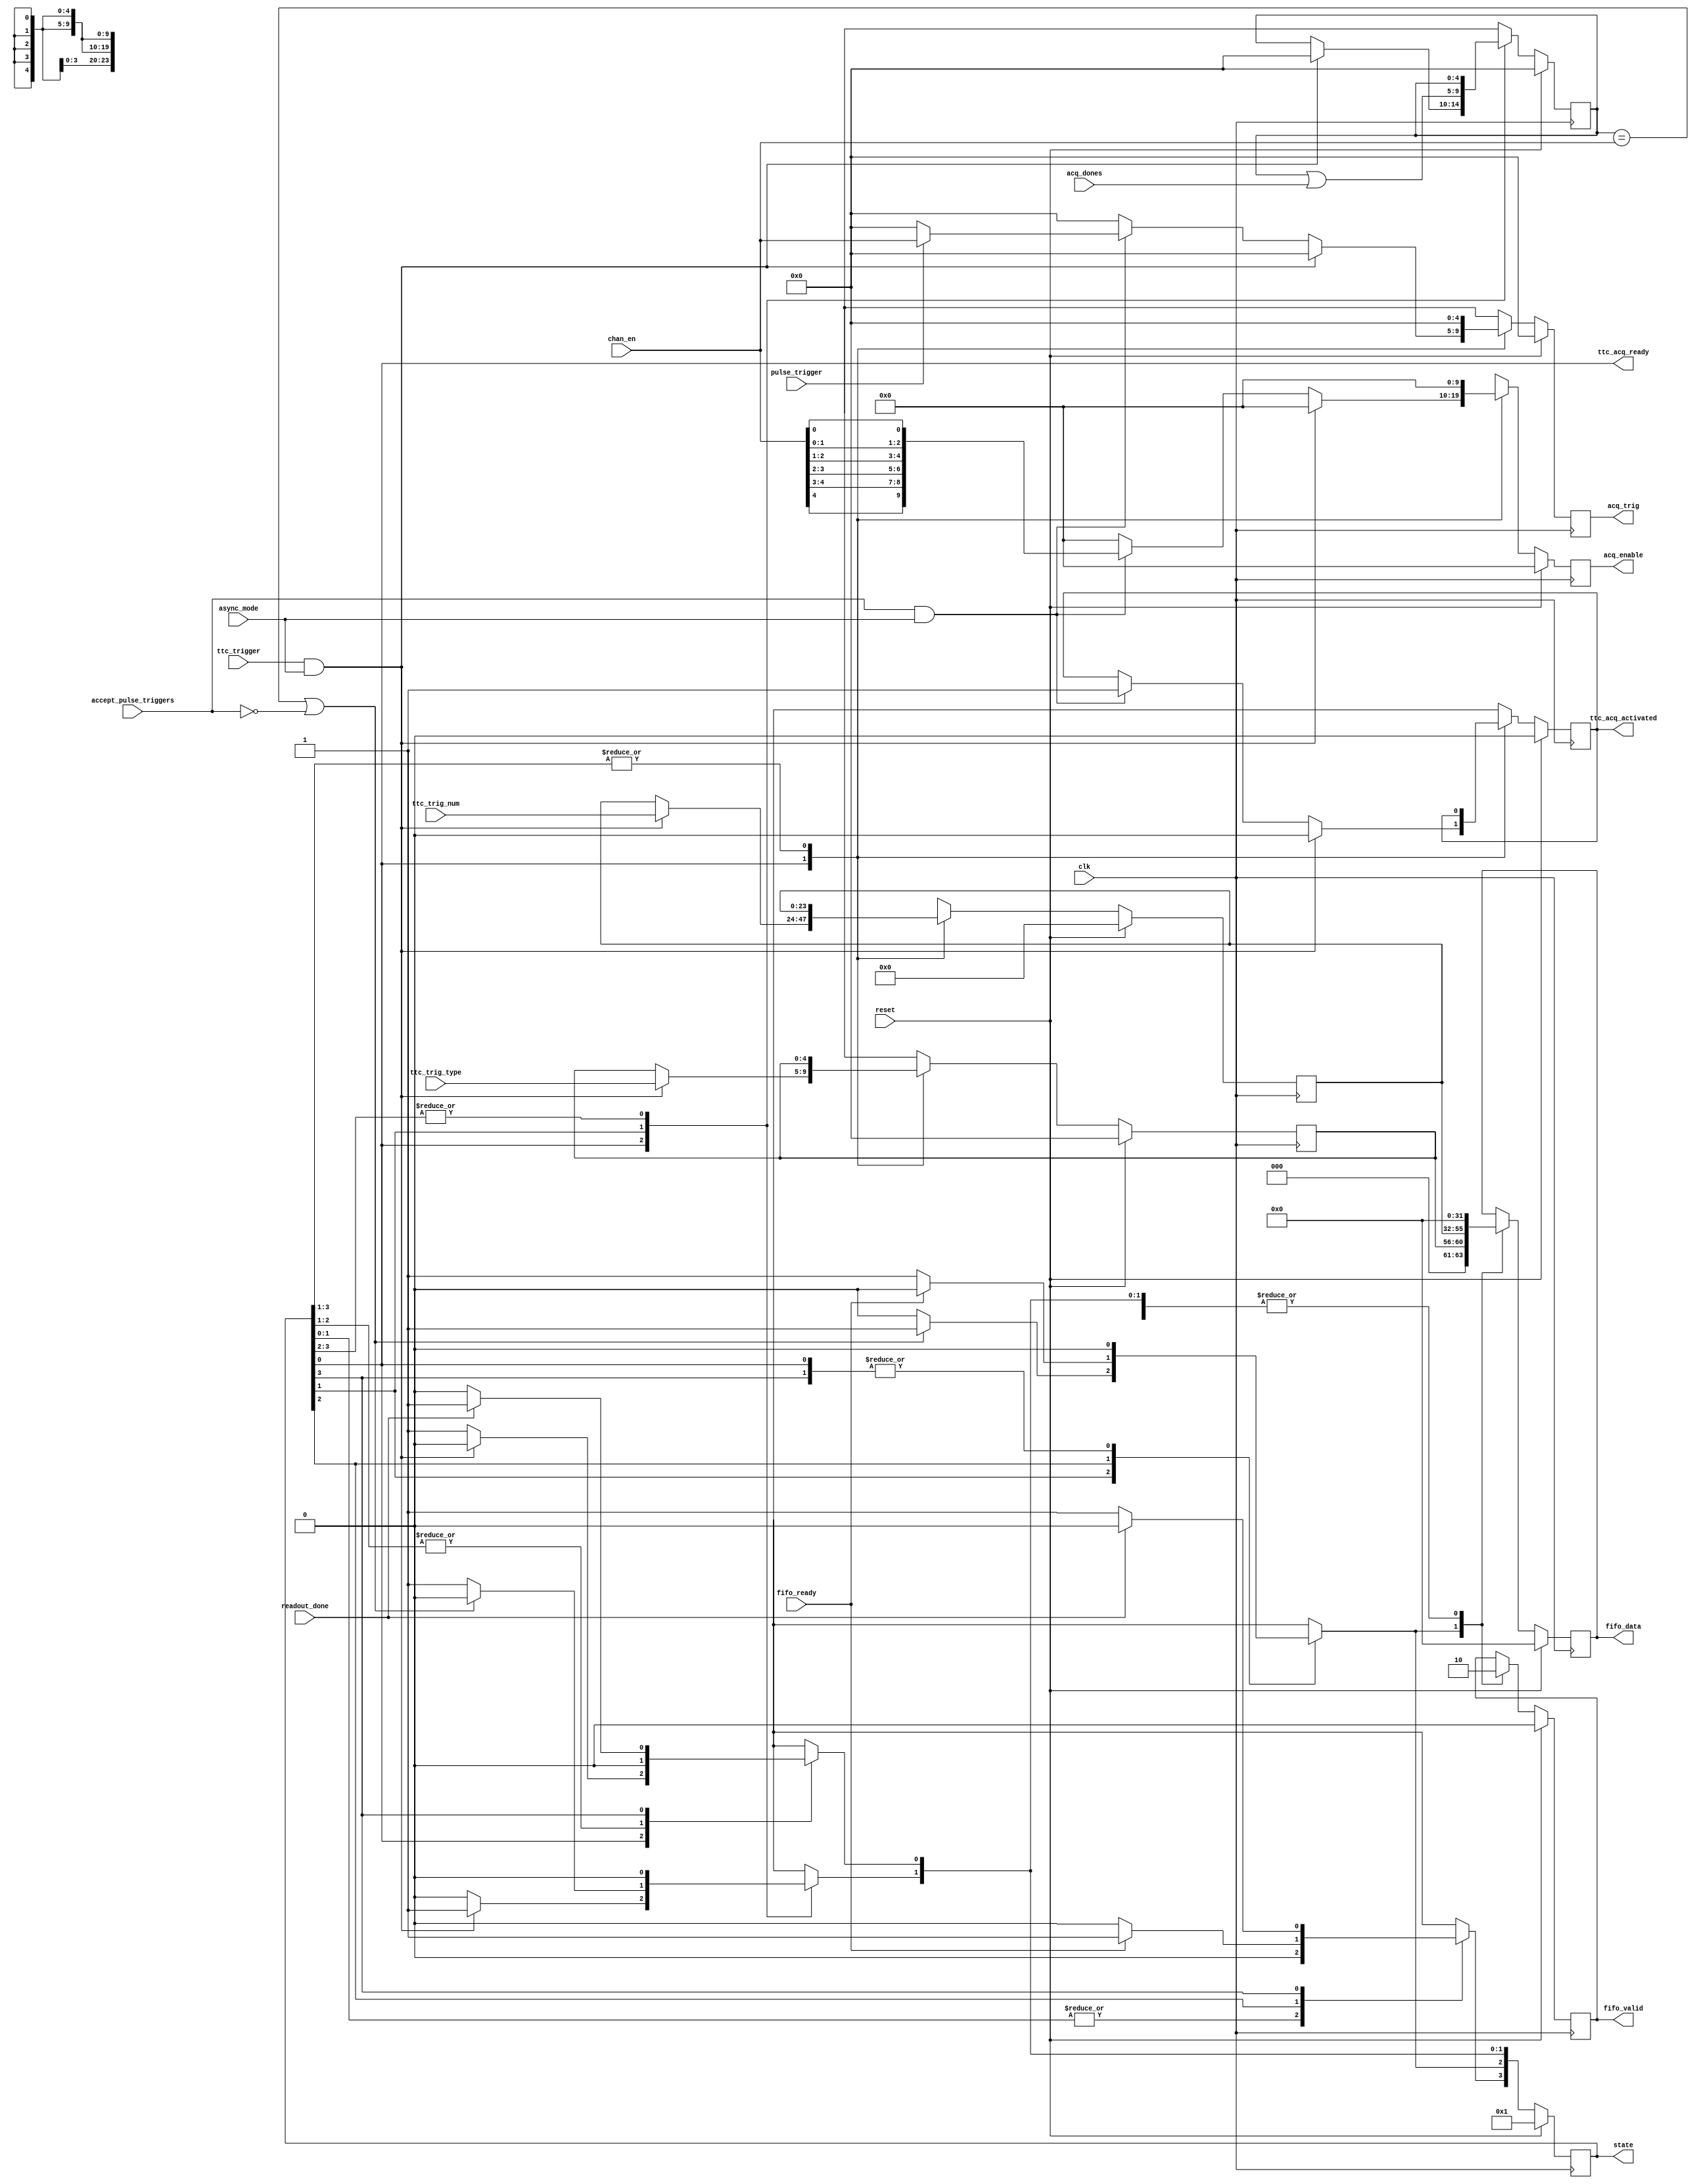
// Finite state machine to control triggering of the channels

// Asynchronous mode

module channel_acq_controller_async (
  // clock and reset
  input wire clk,   // 40 MHz TTC clock
  input wire reset,

  // trigger configuration
  input wire [4:0] chan_en,         // which channels should receive the trigger
  input wire accept_pulse_triggers, // accept front panel triggers select

  // command manager interface
  input wire readout_done, // a readout has completed

  // interface from TTC trigger receiver
  input wire ttc_trigger,          // trigger signal
  input wire [ 4:0] ttc_trig_type, // recognized trigger type (muon fill, laser, pedestal, async readout)
  input wire [23:0] ttc_trig_num,  // trigger number
  output wire ttc_acq_ready,       // channels are ready for a readout
  output reg ttc_acq_activated,

  // interface from pulse trigger receiver
  input wire pulse_trigger, // trigger signal

  // interface to Channel FPGAs
  input wire [4:0] acq_dones,
  output reg [9:0] acq_enable,
  output reg [4:0] acq_trig,

  // interface to Acquisition Event FIFO
  input wire fifo_ready,
  output reg fifo_valid,
  output reg [31:0] fifo_data,

  // status connections
  input wire async_mode, // asynchronous mode select
  output reg [3:0] state // state of finite state machine
);

  // state bits
  parameter IDLE           = 0;
  parameter WAIT           = 1;
  parameter STORE_ACQ_INFO = 2;
  parameter READOUT        = 3;
  

  reg [ 4:0] acq_trig_type;     // latched trigger type
  reg [23:0] acq_trig_num;      // latched trigger number
  reg [ 4:0] acq_dones_latched; // latched channel dones reported

  reg [ 3:0] nextstate;
  reg [ 4:0] next_acq_trig_type;
  reg [23:0] next_acq_trig_num;
  reg [ 4:0] next_acq_dones_latched;
  reg [ 9:0] next_acq_enable;
  reg [ 4:0] next_acq_trig;
  reg        next_ttc_acq_activated;


  // combinational always block
  always @* begin
    nextstate = 4'd0;

    next_acq_trig_type    [ 4:0] = acq_trig_type    [ 4:0];
    next_acq_trig_num     [23:0] = acq_trig_num     [23:0];
    next_acq_dones_latched[ 4:0] = acq_dones_latched[ 4:0];
    next_ttc_acq_activated       = ttc_acq_activated;

    next_acq_enable[9:0] = 10'd0; // default
    next_acq_trig  [4:0] =  5'd0; // default

    case (1'b1) // synopsys parallel_case full_case
      // idle state
      state[IDLE] : begin
        // asynchronous readout trigger received
        if (ttc_trigger & async_mode) begin
          next_acq_dones_latched[4:0] = 5'b00000;

          next_acq_trig_type[ 4:0] = ttc_trig_type[ 4:0]; // latch trigger type
          next_acq_trig_num [23:0] = ttc_trig_num [23:0]; // latch trigger number
          next_ttc_acq_activated   = 1'b0;                // clear flag

          nextstate[WAIT] = 1'b1;
        end
        // pass on front panel trigger to channels
        else if (accept_pulse_triggers & async_mode) begin
          // enable lines should be fixed and not set by the trigger type
          next_acq_enable[9:0] = { {2{chan_en[4]}}, {2{chan_en[3]}}, {2{chan_en[2]}}, {2{chan_en[1]}}, {2{chan_en[0]}} };
          next_acq_trig  [4:0] = (pulse_trigger) ? chan_en[4:0] : 5'b00000;
          next_ttc_acq_activated = 1'b1;

          nextstate[IDLE] = 1'b1;
        end
        else begin
          nextstate[IDLE] = 1'b1;
        end
      end
      // end the acquisitions in channels, and
      // wait for channels to report back done
      state[WAIT] : begin
        // update latched channel dones
        next_acq_dones_latched[4:0] = acq_dones_latched[4:0] | acq_dones[4:0];

        // check if all channels report done
        if ((acq_dones_latched[4:0] == chan_en[4:0]) | ~accept_pulse_triggers) begin
          nextstate[STORE_ACQ_INFO] = 1'b1;
        end
        else begin
          nextstate[WAIT] = 1'b1;
        end
      end
      // store the event information in the FIFO, for the trigger processor
      state[STORE_ACQ_INFO] : begin
        // FIFO accepted the data word
        if (fifo_ready) begin
          nextstate[READOUT] = 1'b1;
        end
        // FIFO is not ready for data word
        else begin
          nextstate[STORE_ACQ_INFO] = 1'b1;
        end
      end
      // wait for readout to be complete, as reported by command manager
      state[READOUT] : begin
        // readout is finished
        if (readout_done) begin
          nextstate[IDLE] = 1'b1;
        end
        // readout still in progress
        else begin
          nextstate[READOUT] = 1'b1;
        end
      end
    endcase
  end
  

  // sequential always block
  always @(posedge clk) begin
    // reset state machine
    if (reset) begin
      state <= 4'd1 << IDLE;

      acq_trig_type    [ 4:0] <=  5'd0;
      acq_trig_num     [23:0] <= 24'd0;
      acq_dones_latched[ 4:0] <=  5'd0;
      ttc_acq_activated       <=  1'b0;

      acq_enable[9:0] <= 10'd0;
      acq_trig  [4:0] <=  5'd0;
    end
    else begin
      state <= nextstate;

      acq_trig_type    [ 4:0] <= next_acq_trig_type    [ 4:0];
      acq_trig_num     [23:0] <= next_acq_trig_num     [23:0];
      acq_dones_latched[ 4:0] <= next_acq_dones_latched[ 4:0];
      ttc_acq_activated       <= next_ttc_acq_activated;

      acq_enable[9:0] <= next_acq_enable[9:0];
      acq_trig  [4:0] <= next_acq_trig  [4:0];
    end
  end
  

  // datapath sequential always block
  always @(posedge clk) begin
    if (reset) begin
      fifo_valid      <=  1'b0;
      fifo_data[31:0] <= 32'd0;
    end
    else begin
      case (1'b1) // synopsys parallel_case full_case
        nextstate[IDLE] : begin
          fifo_valid      <=  1'b0;
          fifo_data[31:0] <= 32'd0;
        end
        nextstate[WAIT] : begin
          fifo_valid      <=  1'b0;
          fifo_data[31:0] <= 32'd0;
        end
        nextstate[STORE_ACQ_INFO] : begin
          fifo_valid      <= 1'b1;
          fifo_data[31:0] <= {3'd0, acq_trig_type[4:0], acq_trig_num[23:0]};
        end
        nextstate[READOUT] : begin
          fifo_valid      <=  1'b0;
          fifo_data[31:0] <= 32'd0;
        end
      endcase
    end
  end

  // outputs based on states
  assign ttc_acq_ready = (state[IDLE] == 1'b1);

endmodule